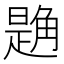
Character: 𧤘